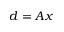
d = A x